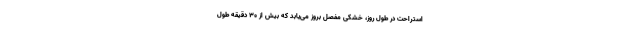
استراحت در طول روز، خشکی مفصل بروز می‌یابد که بیش از ۳۰ دقیقه طول